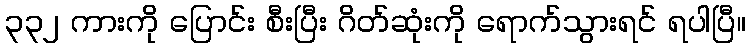
၃၃၂ ကားကို ပြောင်း စီးပြီး ဂိတ်ဆုံးကို ရောက်သွားရင် ရပါပြီ။